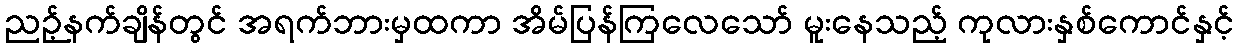
ညဉ့်နက်ချိန်တွင် အရက်ဘားမှထကာ အိမ်ပြန်ကြလေသော် မူးနေသည့် ကုလားနှစ်ကောင်နှင့်